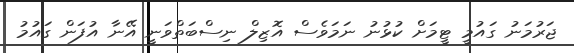
ޖަރުމަނު ގައުމީ ޓީމަށް ކުޅުނު ނަމަވެސް އޮޒިލް ނިސްބަތްވަނީ އޭނާ އުފަން ގައުމު